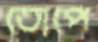
তোপে